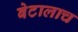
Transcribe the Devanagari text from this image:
बेटालाच